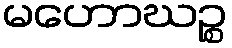
မဟောဃဉ္စ